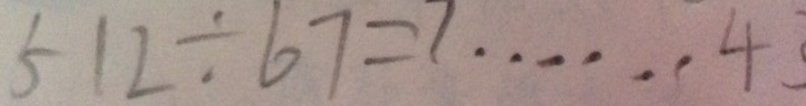
5 1 2 \div 6 7 = 7 \cdots 4 3